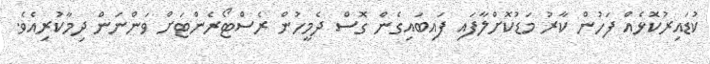
ކުޑައިރުކޮޅެއް ފަހުން ކާރު މަޑުކޮށްލާފައި ފައިބައިގެން ގޮސް ދެމީހުން ރެސްޓޯރެންޓަށް ވަންނަން ދިމާކުރިއެވެ.